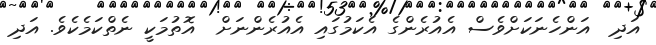
އަދި  އަންހެނަަކަށްވެސް އެއުރެންގެ އެކަމުގައި އެއުރެންނަށް  އޮތުމަކީ ނެތްކަމެކެވެ. އަދި